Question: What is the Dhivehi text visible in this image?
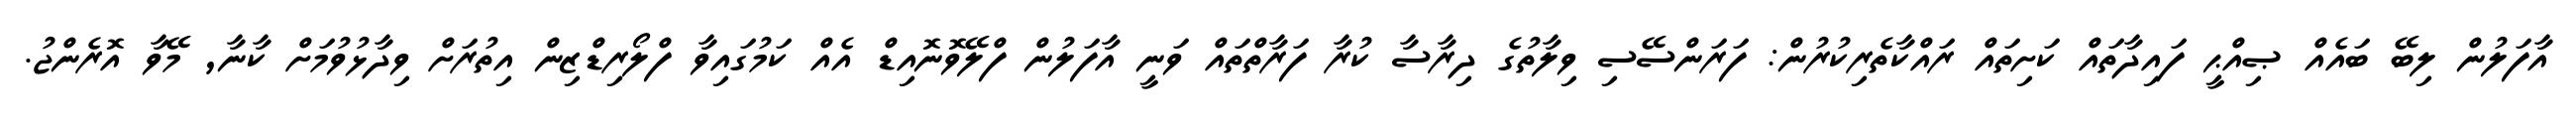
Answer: އާފަލުން ލިބޭ ބައެއް ޞިއްޙީ ފައިދާތައް ކަށިތައް ރައްކާތެރިކުރުން: ފަރަންސޭސި ވިލާތުގެ ދިރާސާ ކުރާ ފަރާތްތައް ވަނީ އާފަލުން ފްލޭވޮނޮއިޑް އެއް ކަމުގައިވާ ފްލޯރިޑްޒިން އިތުރަށް ވިދާޅުވުމަށް ކާނާ, މޭވާ އޮރެންޖު.